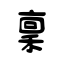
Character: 稟